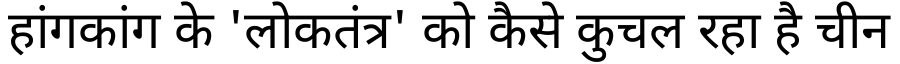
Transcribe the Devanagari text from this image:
हांगकांग के 'लोकतंत्र' को कैसे कुचल रहा है चीन